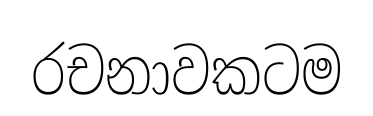
රචනාවකටම